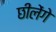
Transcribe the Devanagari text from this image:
छीलेंगे